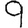
Digit: 9